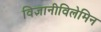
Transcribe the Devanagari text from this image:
विज्ञानीविलेमिन